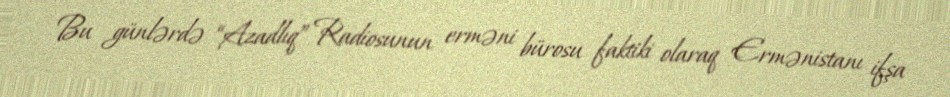
Bu günlərdə “Azadlıq” Radiosunun erməni bürosu faktiki olaraq Ermənistanı ifşa